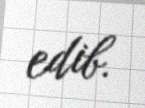
edib.